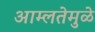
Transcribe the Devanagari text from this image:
आम्लतेमुळे